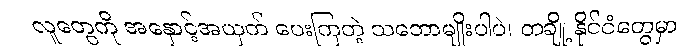
လူတွေကို အနှောင့်အယှက် ပေးကြတဲ့ သဘောမျိုးပါပဲ၊ တချို့ နိုင်ငံတွေမှာ